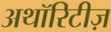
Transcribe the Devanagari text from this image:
अथॉरिटीज़